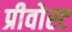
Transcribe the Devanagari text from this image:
प्रीवोस्ट